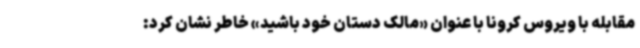
مقابله با ویروس کرونا با عنوان «مالک دستان خود باشید» خاطر نشان کرد: